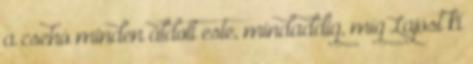
a csehó minden áldott este, mindaddig, míg Lajost ki